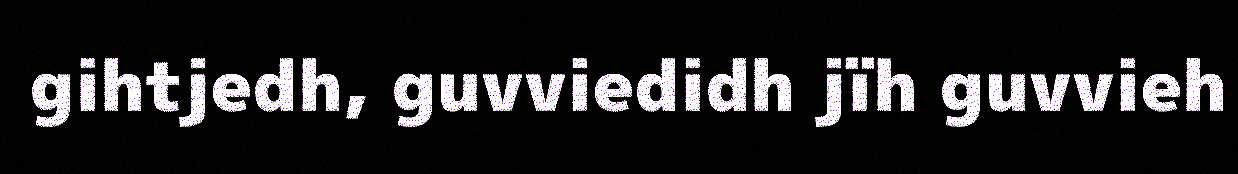
gihtjedh, guvviedidh jïh guvvieh